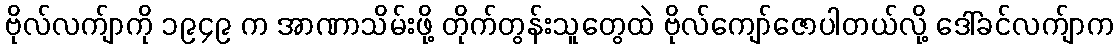
ဗိုလ်လက်ျာကို ၁၉၄၉ က အာဏာသိမ်းဖို့ တိုက်တွန်းသူတွေထဲ ဗိုလ်ကျော်ဇောပါတယ်လို့ ဒေါ်ခင်လက်ျာက